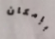
بإمكان